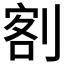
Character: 𭃺